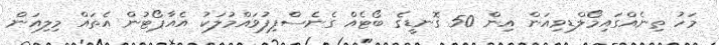
މަހު ތިނެއްގައިމޯލްޑިވިއަން އިން 50 ގޮނޑީގެ ބޯޓެއް ގެނެސްފިފުވައްމުލަކު އެއާޕޯޓުން އެތައް މިލިއަން